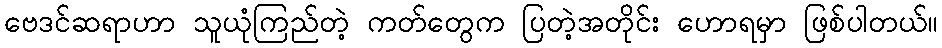
ဗေဒင်ဆရာဟာ သူယုံကြည်တဲ့ ကတ်တွေက ပြတဲ့အတိုင်း ဟောရမှာ ဖြစ်ပါတယ်။